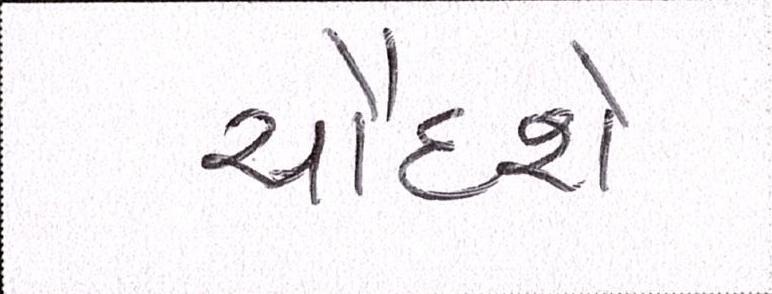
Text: ચૌદશે